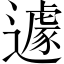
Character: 遽